Vabadussoja_Ajaloo_Komitee, lk 17
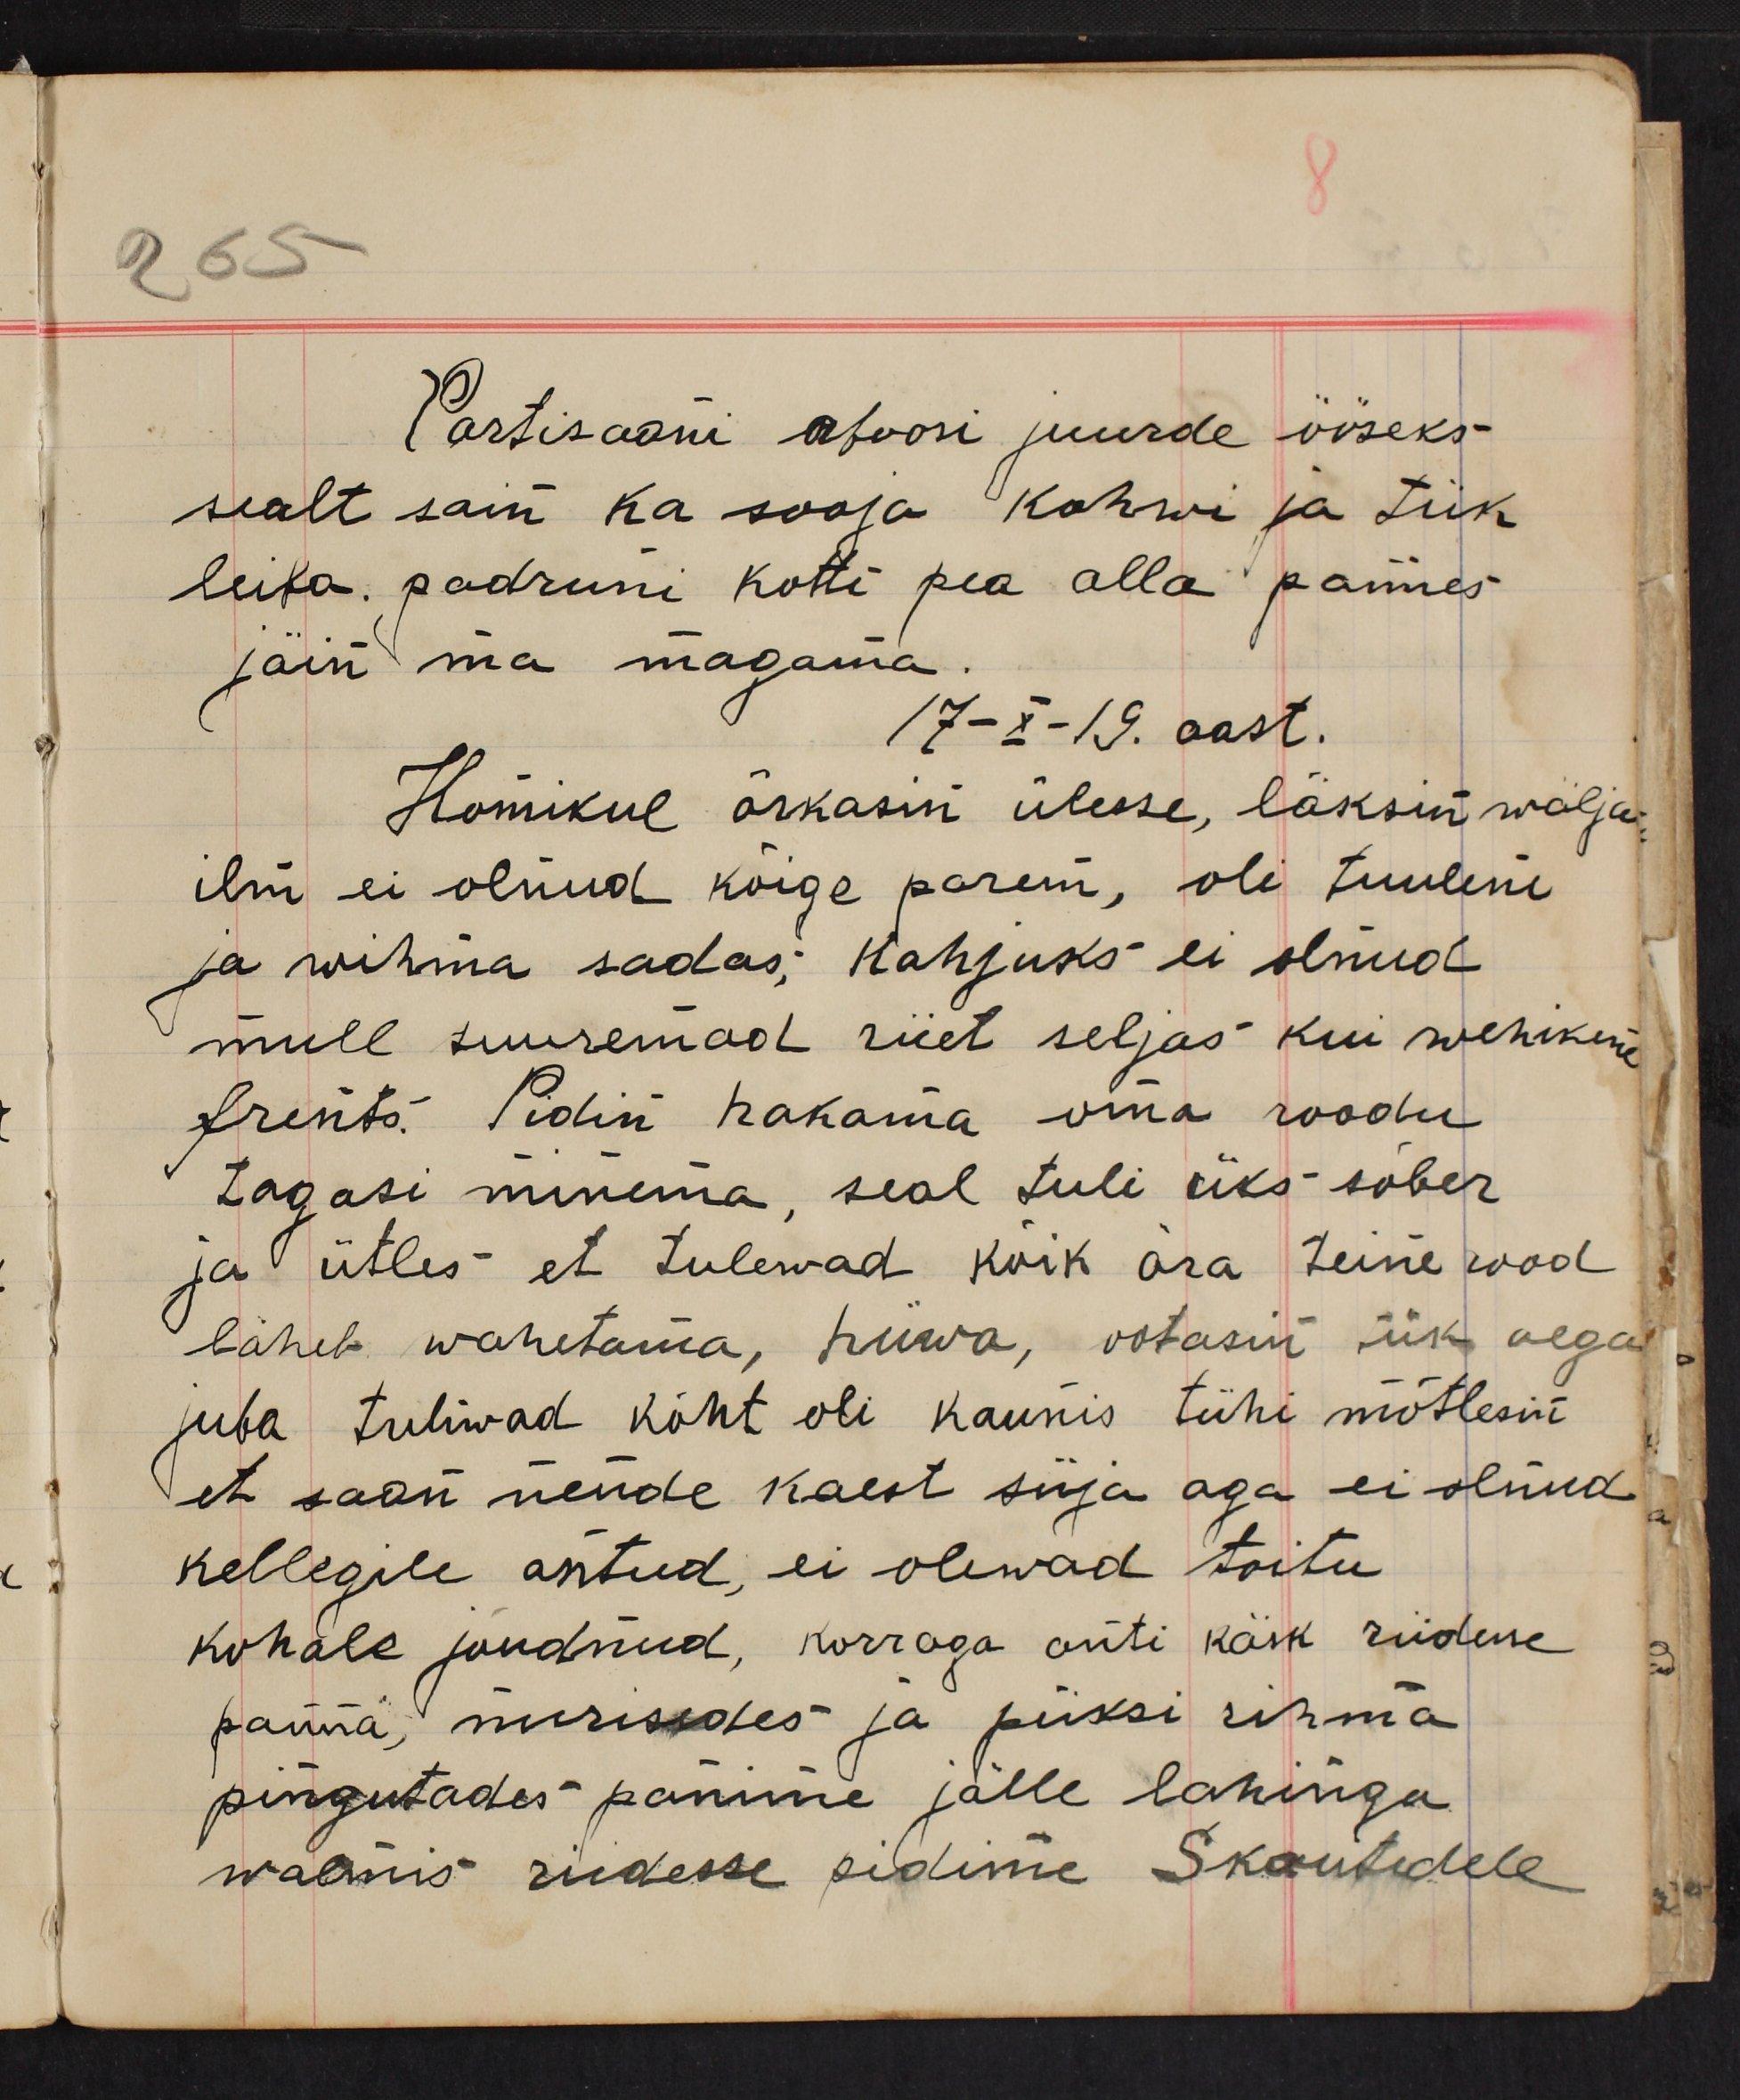
Partisaani afoosi juurde ööseks
sealt sain ka sooja kohwi ja tük
leiba. padruni kotti pea alla pannes
jäin ma magama.
17-X-19. aast.
Homikul ärkasin ülesse, läksin wälja
ilm ei olnud kõige parem, oli tuulene
ja wihma sadas; Kahjuks ei olnud
mull suuremad riiet seljas kui wehikene
frents. Pidin hakama oma roodu
tagasi minema, seal tuli üks sõber
ja ütles et tulewad kõik ära teine wad
läheb wahetama, hüwa, ootasin ük aega
juba tuliwad kõht oli kaunis tühi mõtlesin
et saan nende kaest süja aga ei olnud
kellegile antud, ei olewad toitu
kohale jõudnud, korraga anti kõik riidesse
panna, nurisedes ja püksi rihma
pingutades panime jälle lahingu
walmis riidesse pidime Skautidele